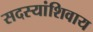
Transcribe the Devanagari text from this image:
सदस्यांशिवाय